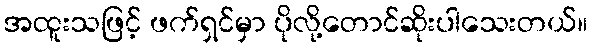
အထူးသဖြင့် ဖက်ရှင်မှာ ပိုလို့တောင်ဆိုးပါသေးတယ်။